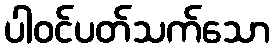
ပါဝင်ပတ်သက်သော